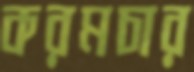
করমচার